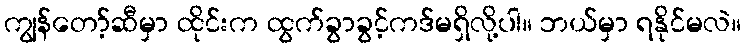
ကျွန်တော့်ဆီမှာ ထိုင်းက ထွက်ခွာခွင့်ကဒ်မရှိလို့ပါ။ ဘယ်မှာ ရနိုင်မလဲ။